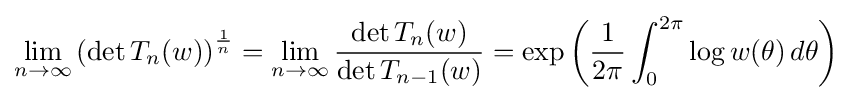
\lim _{n\to \infty }\left(\det T_{n}(w)\right)^{\frac {1}{n}}=\lim _{n\to \infty }{\frac {\det T_{n}(w)}{\det T_{n-1}(w)}}=\exp \left({\frac {1}{2\pi }}\int _{0}^{2\pi }\log w(\theta )\,d\theta \right)